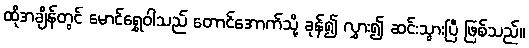
ထိုအချိန်တွင် မောင်ရွှေဝါသည် တောင်အောက်သို့ ခုန်၍ လွှား၍ ဆင်းသွားပြီ ဖြစ်သည်။